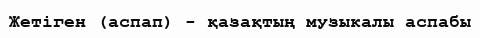
Жетіген (аспап) - қазақтың музыкалы аспабы